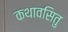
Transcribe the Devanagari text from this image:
कथावसितु